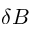
\delta B